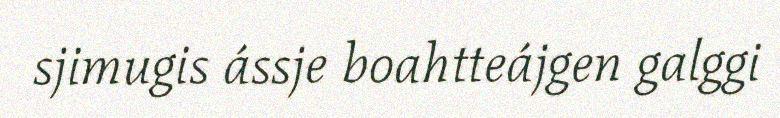
sjimugis ássje boahtteájgen galggi